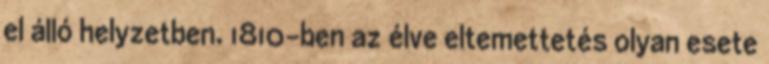
el álló helyzetben. 1810-ben az élve eltemettetés olyan esete